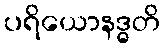
ပရိယောနဒ္ဓတိ